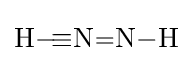
{\ce {H-\!{\equiv }N=N-H}}